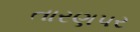
તારણપર